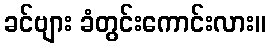
ခင်ဗျား ခံတွင်းကောင်းလား။